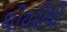
થીયરીથી